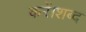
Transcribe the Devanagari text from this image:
करें।शब्द